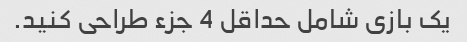
یک بازی شامل حداقل 4 جزء طراحی کنید.